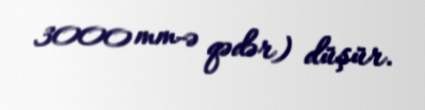
3000 mm-ə qədər) düşür.